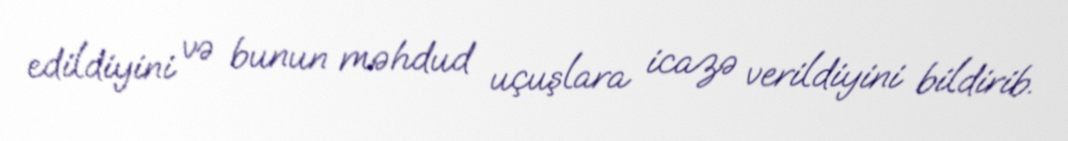
edildiyini və bunun məhdud uçuşlara icazə verildiyini bildirib.